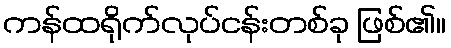
ကန်ထရိုက်လုပ်ငန်းတစ်ခု ဖြစ်၏။